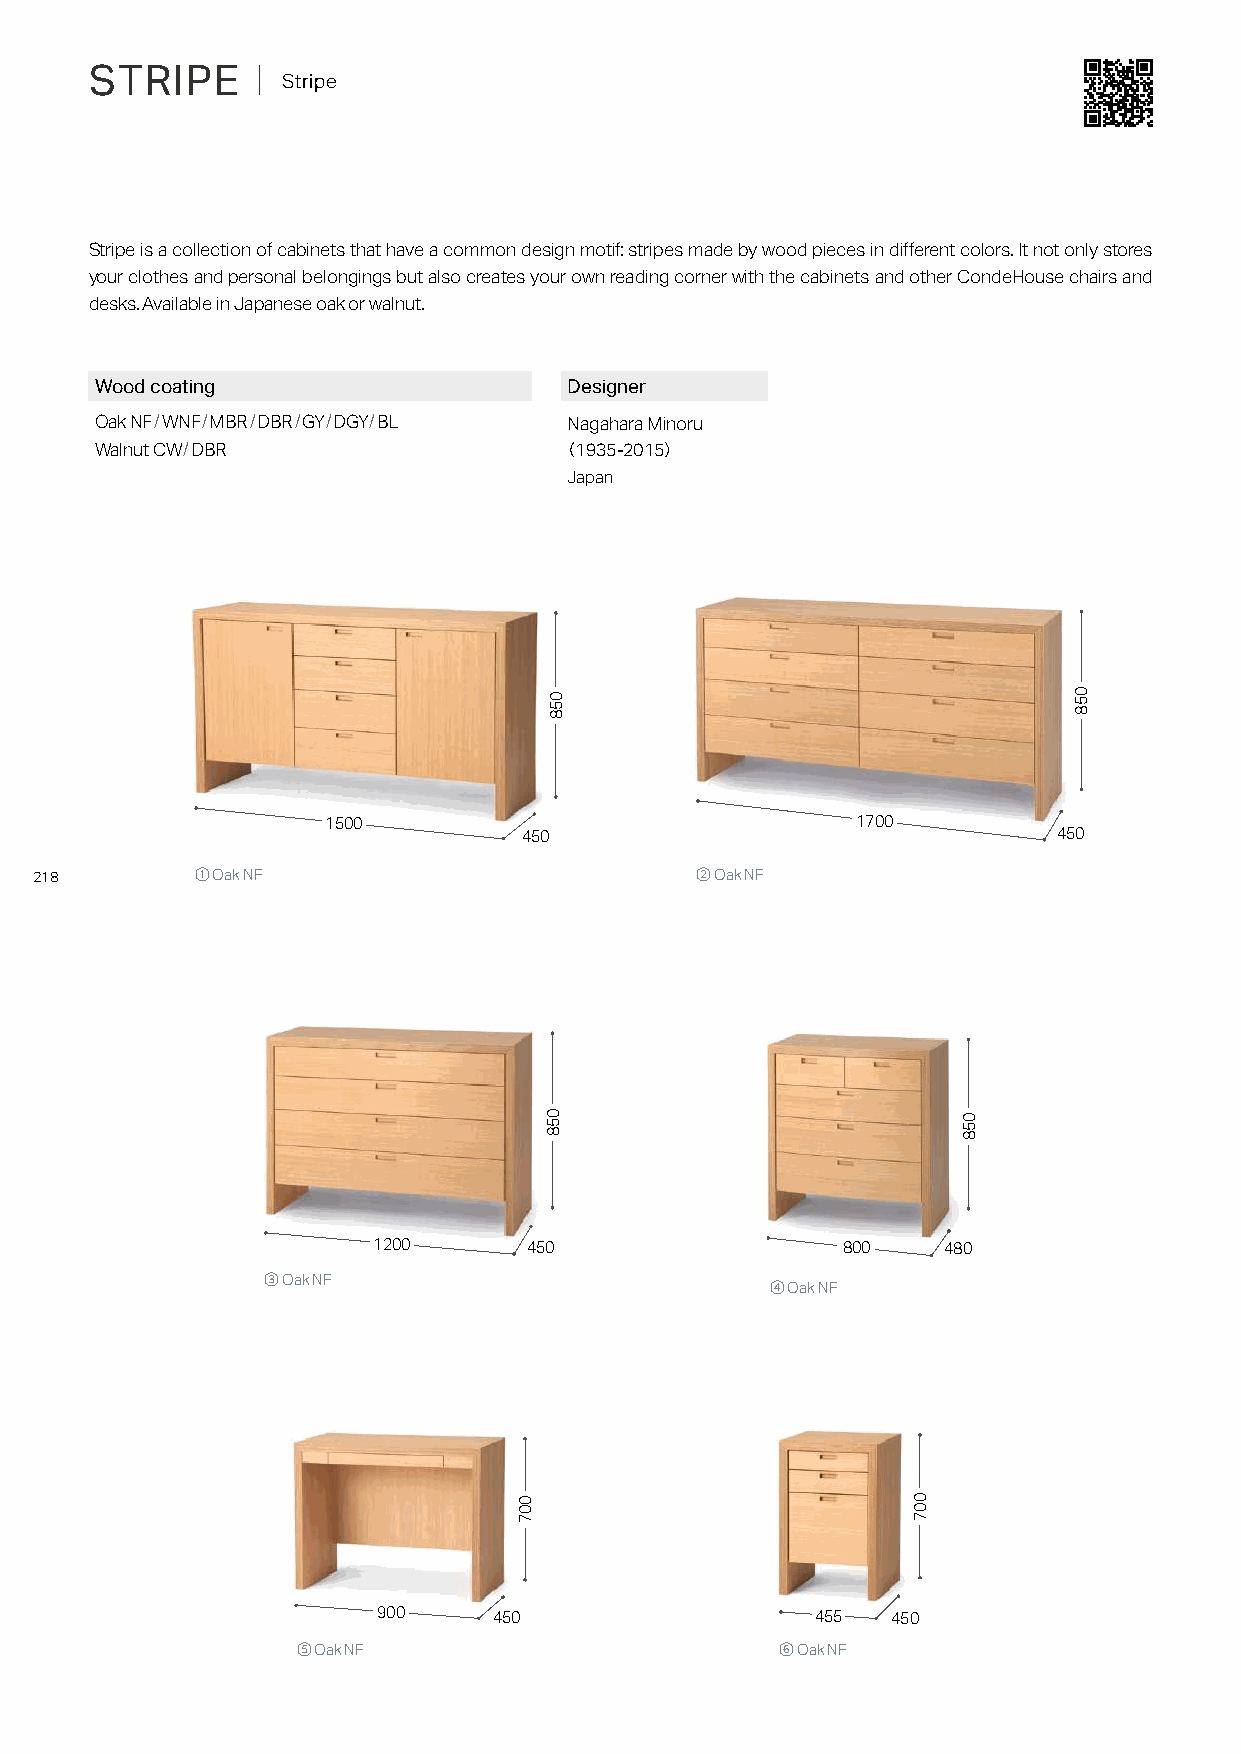
STRIPE     ｜ Stripe
 Stripe is a collection of cabinets that have a common design motif: stripes made by wood pieces in different colors. It not only stores
 your clothes and personal belongings but also creates your own reading corner with the cabinets and other CondeHouse chairs and
 desks. Available in Japanese oak or walnut.
 Wood coating                    Designer
 Oak NF/WNF/MBR/DBR/GY/DGY/BL    Nagahara Minoru
 Walnut CW/DBR                  （1935-2015）
 Japan
 1500                               1700
 450                                450
 218        ① Oak NF                         ② Oak NF
 1200      450                  800   480
 ③ Oak NF                          ④ Oak NF
 900     450                  455  450
 ⑤ Oak NF                        ⑥ Oak NF
 007
 058
 058
 007
 058
 058